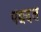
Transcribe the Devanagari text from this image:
पद्यदल